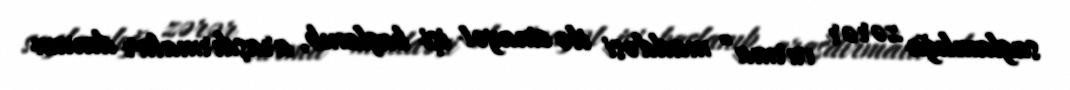
saglamlığa zərər vurma” maddəsi ilə cinayət işi başlanıb, araşdırmalar davam